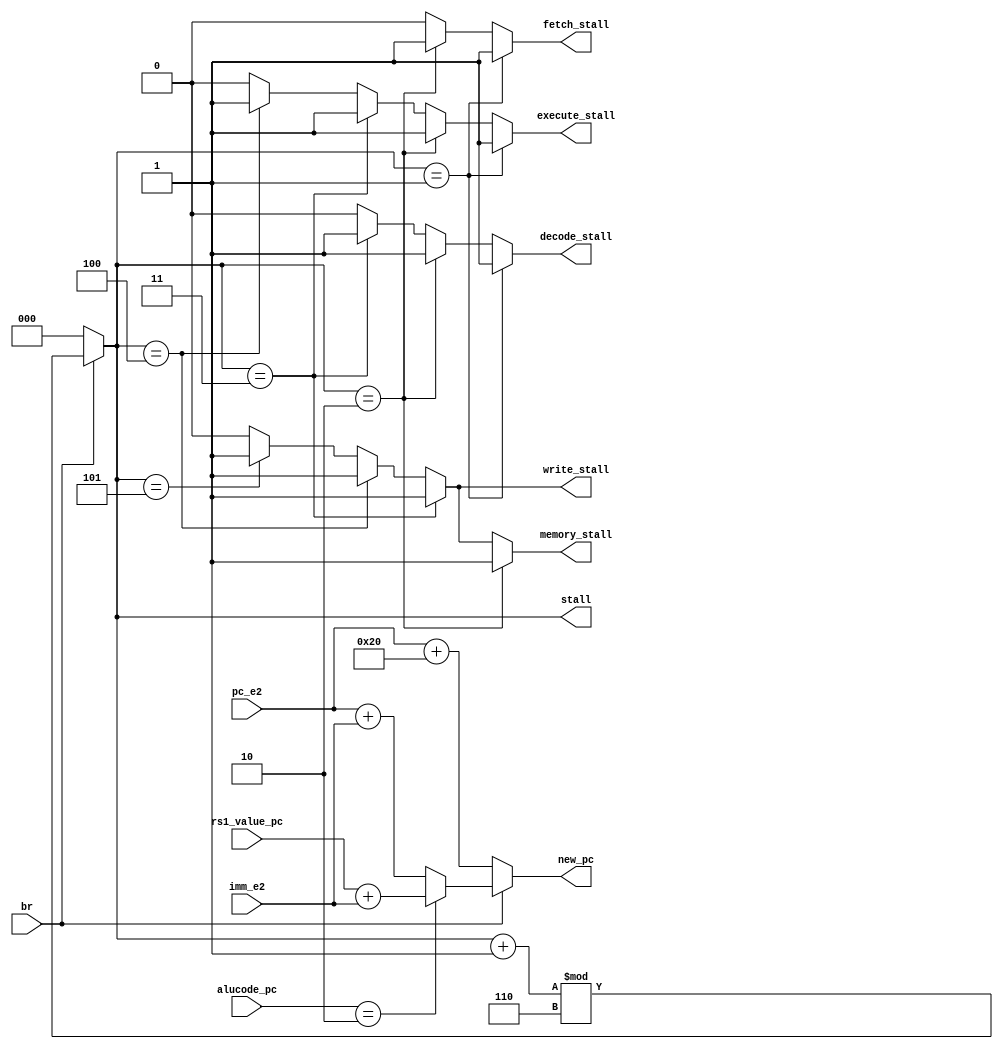
module pc_update( // 完成。
    input wire br,
    input wire [31:0] imm_e2,
    input wire [31:0] pc_e2,
    input wire [5:0] alucode_pc,
    input wire [31:0] rs1_value_pc,
    output wire [31:0] new_pc,
    output wire [2:0] stall,
    output wire fetch_stall,
    output wire decode_stall,
    output wire execute_stall,
    output wire memory_stall,
    output wire write_stall
);
    function [31:0] find_pc;
    input br;
    input [31:0] imm_e2;
    input [31:0] pc_e2;
    input [5:0] alucode_pc;
    input [31:0] rs1_value_pc;
    begin
        if (br) begin
            // stall = (stall + 1) % 6;
            // if ((stall + 3'd6) % 6 == 3'd0) begin
            // end
            if (alucode_pc == 6'd2) find_pc = rs1_value_pc + imm_e2; //  - 32'h8000
            else find_pc = pc_e2 + imm_e2;
        end
        else find_pc = pc_e2 + +32'h20;
    end
    endfunction

    assign new_pc = find_pc(br, imm_e2, pc_e2, alucode_pc, rs1_value_pc);
    assign stall = (br) ? (stall + 3'd1) % 3'd6 : 3'd0;
    assign fetch_stall = (stall == 3'd1) ? 1'd1 : (stall == 3'd2) ? 1'd1 : 1'd0;
    assign decode_stall = (stall == 3'd1) ? 1'd1 : (stall == 3'd2) ? 1'd1: (stall == 3'd3) ? 1'd1: 1'd0;
    assign execute_stall = (stall == 3'd1) ? 1'd1 : (stall == 3'd2) ? 1'd1: (stall == 3'd3) ? 1'd1: (stall == 3'd4) ? 1'd1 : 1'd0;
    assign memory_stall = (stall == 3'd2) ? 1'd1 : (stall == 3'd3) ? 1'd1 : (stall == 3'd4) ? 1'd1 : (stall == 3'd5) ? 1'd1 : 1'd0;
    assign write_stall = (stall == 3'd3) ? 1'd1 : (stall == 3'd4) ? 1'd1 : (stall == 3'd5) ? 1'd1 : 1'd0;

endmodule